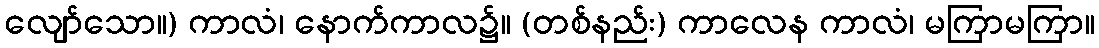
လျော်သော။) ကာလံ၊ နောက်ကာလ၌။ (တစ်နည်း) ကာလေန ကာလံ၊ မကြာမကြာ။